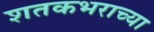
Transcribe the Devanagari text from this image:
शतकभराच्या